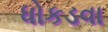
ધોકડવા